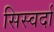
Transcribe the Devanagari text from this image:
सिस्वर्दा